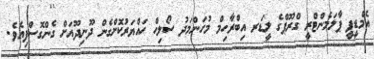
އެމްޑީޕީ ޕާލަމެންޓްރީ ގްރޫޕްގެ ލީޑަރ އިބްރާހިމް މުހަންމަދު ސޯލިހް ހައްޔަރުކޮށްގެން ދޫނިދޫއަށް ގެންގޮސްފިއެވެ.